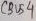
Text: CBUS4